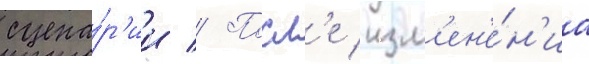
сцена́р'ии // Посл'е изм'ен'е́н'иа